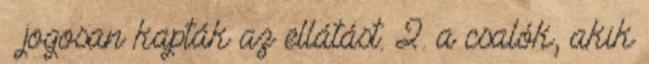
– jogosan kapták az ellátást. 2. a csalók, akik